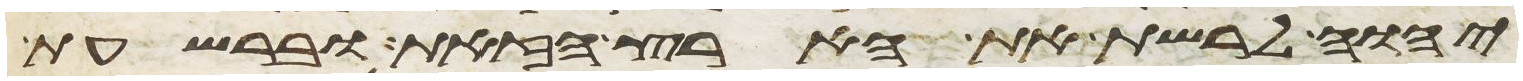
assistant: יהוה לרשת את הארץ הזאת וברשעת